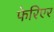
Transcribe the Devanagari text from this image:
फेरिएर